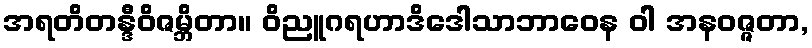
အရတိတန္ဒီဝိဇမ္ဘိတာ။ ဝိညူဂရဟာဒိဒေါသာဘာဝေန ဝါ အနဝဇ္ဇတာ,